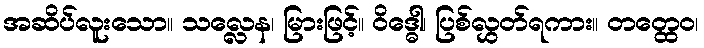
အဆိပ်လူးသော။ သလ္လေန၊ မြားဖြင့်။ ဝိဒ္ဓေါ၊ ပြစ်လွှတ်ရကား။ တတ္ထေဝ၊